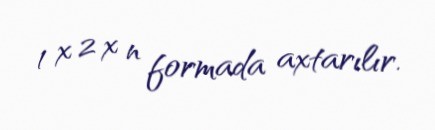
1 x 2 x n formada axtarılır.